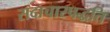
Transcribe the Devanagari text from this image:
सदाचारपद्धति